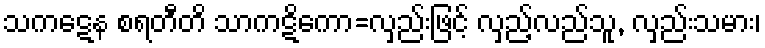
သကဋေန စရတီတိ သာကဋိကော=လှည်းဖြင့် လှည့်လည်သူ, လှည်းသမား၊